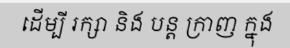
ដើម្បី រក្សា និង បន្ត ក្រាញ ក្នុង